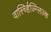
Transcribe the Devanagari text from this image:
वार्स्च्हिज्न्लिज्क